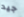
جيد